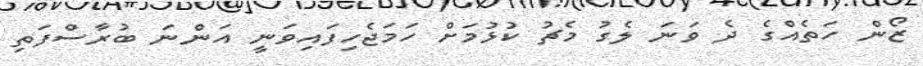
ޒޯން ހަތެއްގެ ދެ ވަނަ ލެގު މެޗު ކުޅުމަށް ހަމަޖެހިފައިވަނީ އަންނަ ބުރާސްފަތި